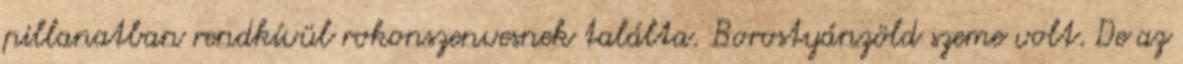
pillanatban rendkívül rokonszenvesnek találta. Borostyánzöld szeme volt. De az